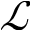
\mathcal { L }